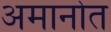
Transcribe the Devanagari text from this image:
अमानोत